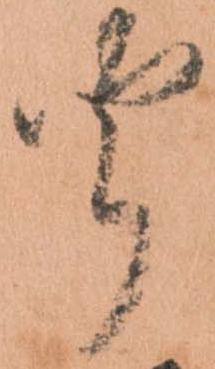
聞